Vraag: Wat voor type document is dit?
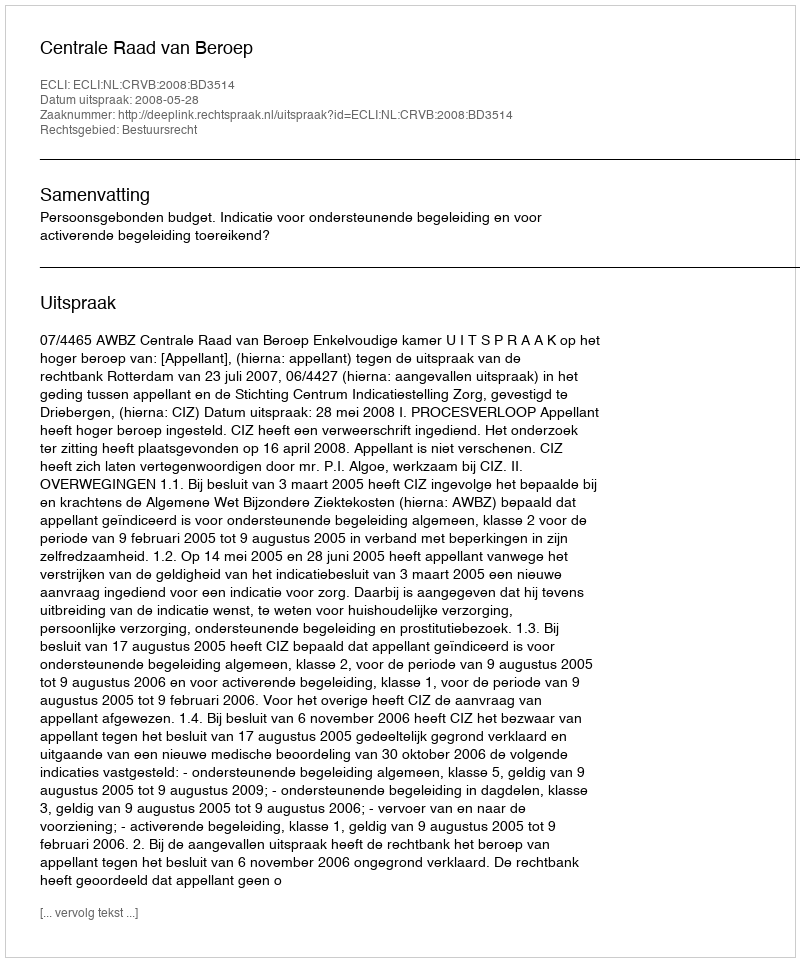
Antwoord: Uitspraak